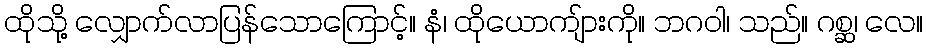
ထိုသို့ လျှောက်လာပြန်သောကြောင့်။ နံ၊ ထိုယောကျ်ားကို။ ဘဂဝါ၊ သည်။ ဂစ္ဆ၊ လေ။